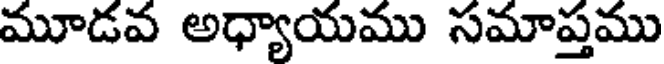
మూడవ అధ్యాయము సమాప్తము